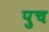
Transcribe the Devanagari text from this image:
पुच